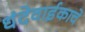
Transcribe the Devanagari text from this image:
धंदेवाईकाचे